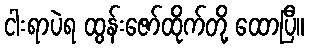
ငါးရာပဲရ ထွန်းဇော်ထိုက်တို့ ထောပြီ။